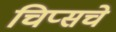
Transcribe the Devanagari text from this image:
चिप्सचे